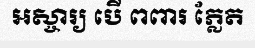
អស្ចារ្យ បើ ពពារ ភ្លែត